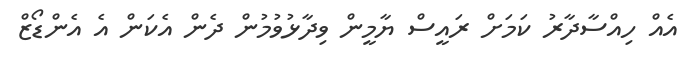
އެއް ހިއްސާދާރު ކަމަށް ރައީސް ޔާމީން ވިދާޅުވުމުން ދެން އެކަން އެ އެންޑޯޒް